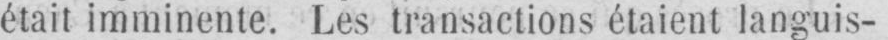
était imminente. Les transactions étaient languis-